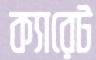
ক্যারেট